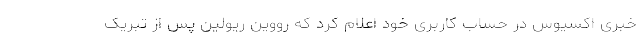
خبری اکسیوس در حساب کاربری خود اعلام کرد که رووین ریولین پس از تبریک